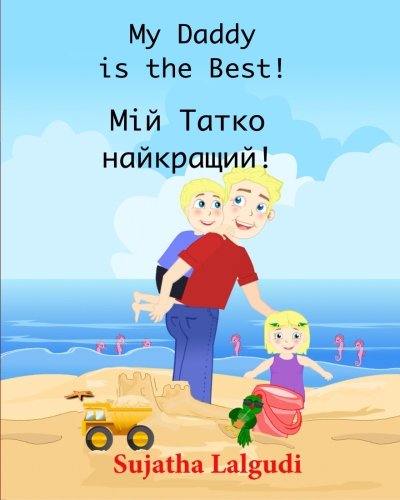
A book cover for My Daddy is the best (Ukrainian): (Bilingual Edition) English Ukrainian Children's Picture Book. Ukrainian kids book (Ukrainian Edition), Book of ... Ukrainian books for children) (Volume 7); Sujatha Lalgudi; Children's Books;